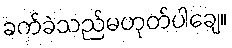
ခက်ခဲသည်မဟုတ်ပါချေ။